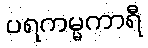
ပရကမ္မကာရီ